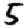
Digit: 5